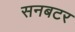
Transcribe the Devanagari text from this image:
सनबटर